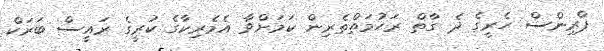
ޕްރިންސް ހެރީގެ ދެ ގާތް ރަހުމަތްތެރިން ކަމަށްވާ އެމެރިކާގެ ކުރީގެ ރައީސް ބަރަކް